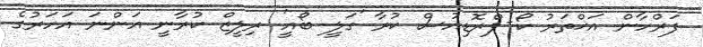
ފަރްހާން އަޚްތަރު ކޯ-ޕްރޮޑިއުސް ކުރާ 'ގަލީ ބޯއީ' ރިލީޒް ކުރާނީ އަންނަ އަހަރުގެ